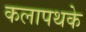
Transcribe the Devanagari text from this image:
कलापथके